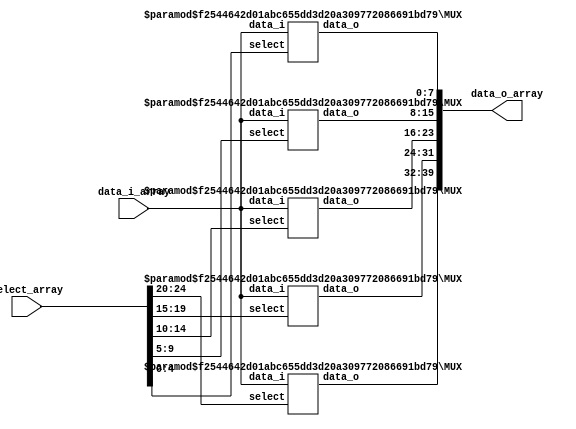
`timescale 1ns / 1ps
//////////////////////////////////////////////////////////////////////////////////
// Company: GaTech ECE
// 
// Design Name: 
// Module Name: xbar
// Project Name: 
// Target Devices: 
// Tool Versions: 
// Description: 
// 
// Dependencies: 
// 
// Revision:
// Revision 0.01 - File Created
// Additional Comments:
// 
//////////////////////////////////////////////////////////////////////////////////


module xbar #(
    parameter DATA_W = 8,
    parameter INPORT = 5,
    parameter OUTPORT = 5
) (
    input [0:OUTPORT*INPORT-1] select_array,
    input [0:INPORT*DATA_W-1] data_i_array,
    output [0:OUTPORT*DATA_W-1] data_o_array
    );

genvar i;
for (i = 0; i < OUTPORT; i = i+1) begin
    MUX #(
        .DATA_W(DATA_W),
        .INPORT(INPORT),
        .OUTPORT(OUTPORT)
    ) MUX_inst(
        .select(select_array[i*INPORT +: INPORT]), 
        .data_i(data_i_array), 
        .data_o(data_o_array[i*DATA_W +: DATA_W])
        );
end

endmodule

module MUX #(
    parameter DATA_W = 8,
    parameter INPORT = 5,
    parameter OUTPORT = 5
) (
    input [0:INPORT-1] select,
    input [0:INPORT*DATA_W-1] data_i,
    output reg [0:DATA_W-1] data_o
    );

integer i;

always @ (*) begin
    data_o = 'd0;
    for(i = 0; i < INPORT; i = i+1) begin
        if (select[i]) begin
            data_o = data_i[i*DATA_W +: DATA_W];
        end
    end
end

endmodule